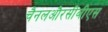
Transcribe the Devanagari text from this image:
चैनलऔरसीबीएस